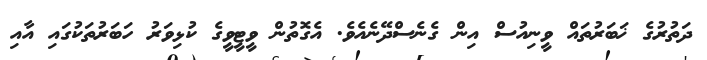
ދަތުރުގެ ޚަބަރުތައް ވީނިއުސް އިން ގެނެސްދޭނެއެވެ. އެގޮތުން ވީޓީވީގެ ކުޅިވަރު ހަބަރުތަކުގައި އާއި